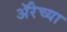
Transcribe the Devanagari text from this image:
ॲरेच्या